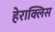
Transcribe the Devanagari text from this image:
हेराक्लिस